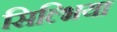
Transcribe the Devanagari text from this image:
सिल्भिया